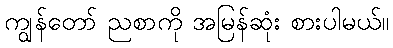
ကျွန်တော် ညစာကို အမြန်ဆုံး စားပါမယ်။